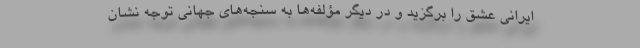
ایرانی عشق را برگزید و در دیگر مؤلفه‌ها به سنجه‌های جهانی توجه نشان